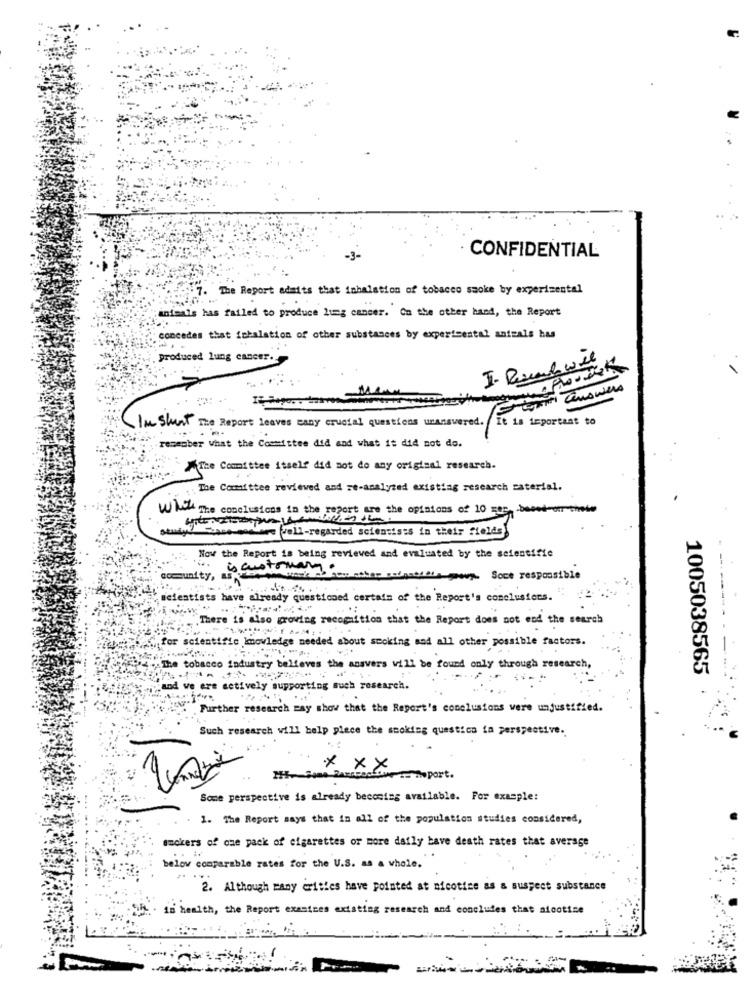
-3-
CONFIDENTIAL
The Report admits that inhalation of tobacco smoke by experimental
"animals has failed to produce lung cancer. On the other hand, the Report
concedes that inhalation of other substances by experimental animals has
produced lung cancer.
I'm sheet The Report leaves many crucial questions unanswered. It is important to
remember what the Committee did and what it did not do.
The Committee itself did not do any original research.
The Committee reviewed and re-analyzed existing research material.
When The conclusions in the report are
studyiteration hon nenthe time the opinions of 10 mas based on thede
@" -Hace-meciare vell-regarded scientists in their fields
Now the Report is being revieved and evaluated by the scientific
Soce responsible
"ncientists have already questioned certain of the Report's comelusters. ": "
There is also proving recognition that the Report does not and the search
"for scientific Imowledge needed about scoking and all other possible factors.
.. The tobacco industry believes the answers will be found only through research,
1005038565
:and ve ers actively supporting such research.
. Further research ray show that the Report's conclusions were unjustified.
Such research will help piece the smoking questico in perspective.
Pas noport.
Some perspective is already becoming available. For example:
1. The Report says that is all of the population studies considered,
@mokers of one pack of cigarettes or more daily bave death rates that average
below comparable rates for the U.S. as a whole.
2. Although many cities have pointed at nicotine as a suspect substance
is health, the Report exentres existing research and concludes that nicotine